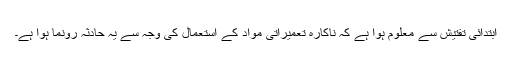
ابتدائی تفتیش سے معلوم ہوا ہے کہ ناکارہ تعمیراتی مواد کے استعمال کی وجہ سے یہ حادثہ رونما ہوا ہے۔